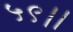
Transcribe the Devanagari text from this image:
५९।।